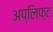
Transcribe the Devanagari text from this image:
अप्लिफ्ट